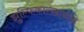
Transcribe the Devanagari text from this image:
झुल्फिकारखानाने